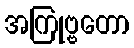
အကြုဗ္ဗတော